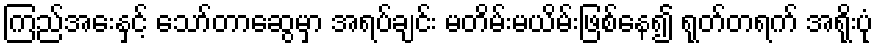
ကြည်အေးနှင့် သော်တာဆွေမှာ အရပ်ချင်း မတိမ်းမယိမ်းဖြစ်နေ၍ ရုတ်တရက် အရိုးပုံ